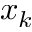
x _ { k }